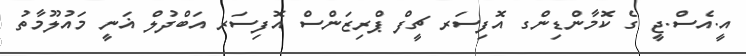
އީ.އެސް.ޖީ ގެ ކޮމާންޑިންގ އޮފިސަރ ޗީފް ޕްރިޒަންސް އޮފިސަރ އަބްދުލް ޣަނީ މައުލޫމާތު